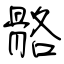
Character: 骼